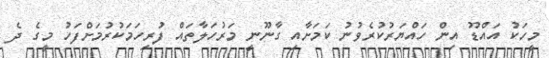
މީހަކު އައްޑޫ އިން ހައްޔަރުކުރެވުނު ކަމަށާއި ގާނޫނީ މަރުހަލާތައް ފުރިހަމަކުރުމަށްފަހު މީގެ ދެ